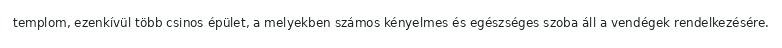
templom, ezenkívül több csinos épület, a melyekben számos kényelmes és egészséges szoba áll a vendégek rendelkezésére.